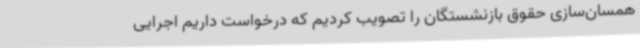
همسان‌سازی حقوق بازنشستگان را تصویب کردیم که درخواست داریم اجرایی